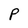
Character: P